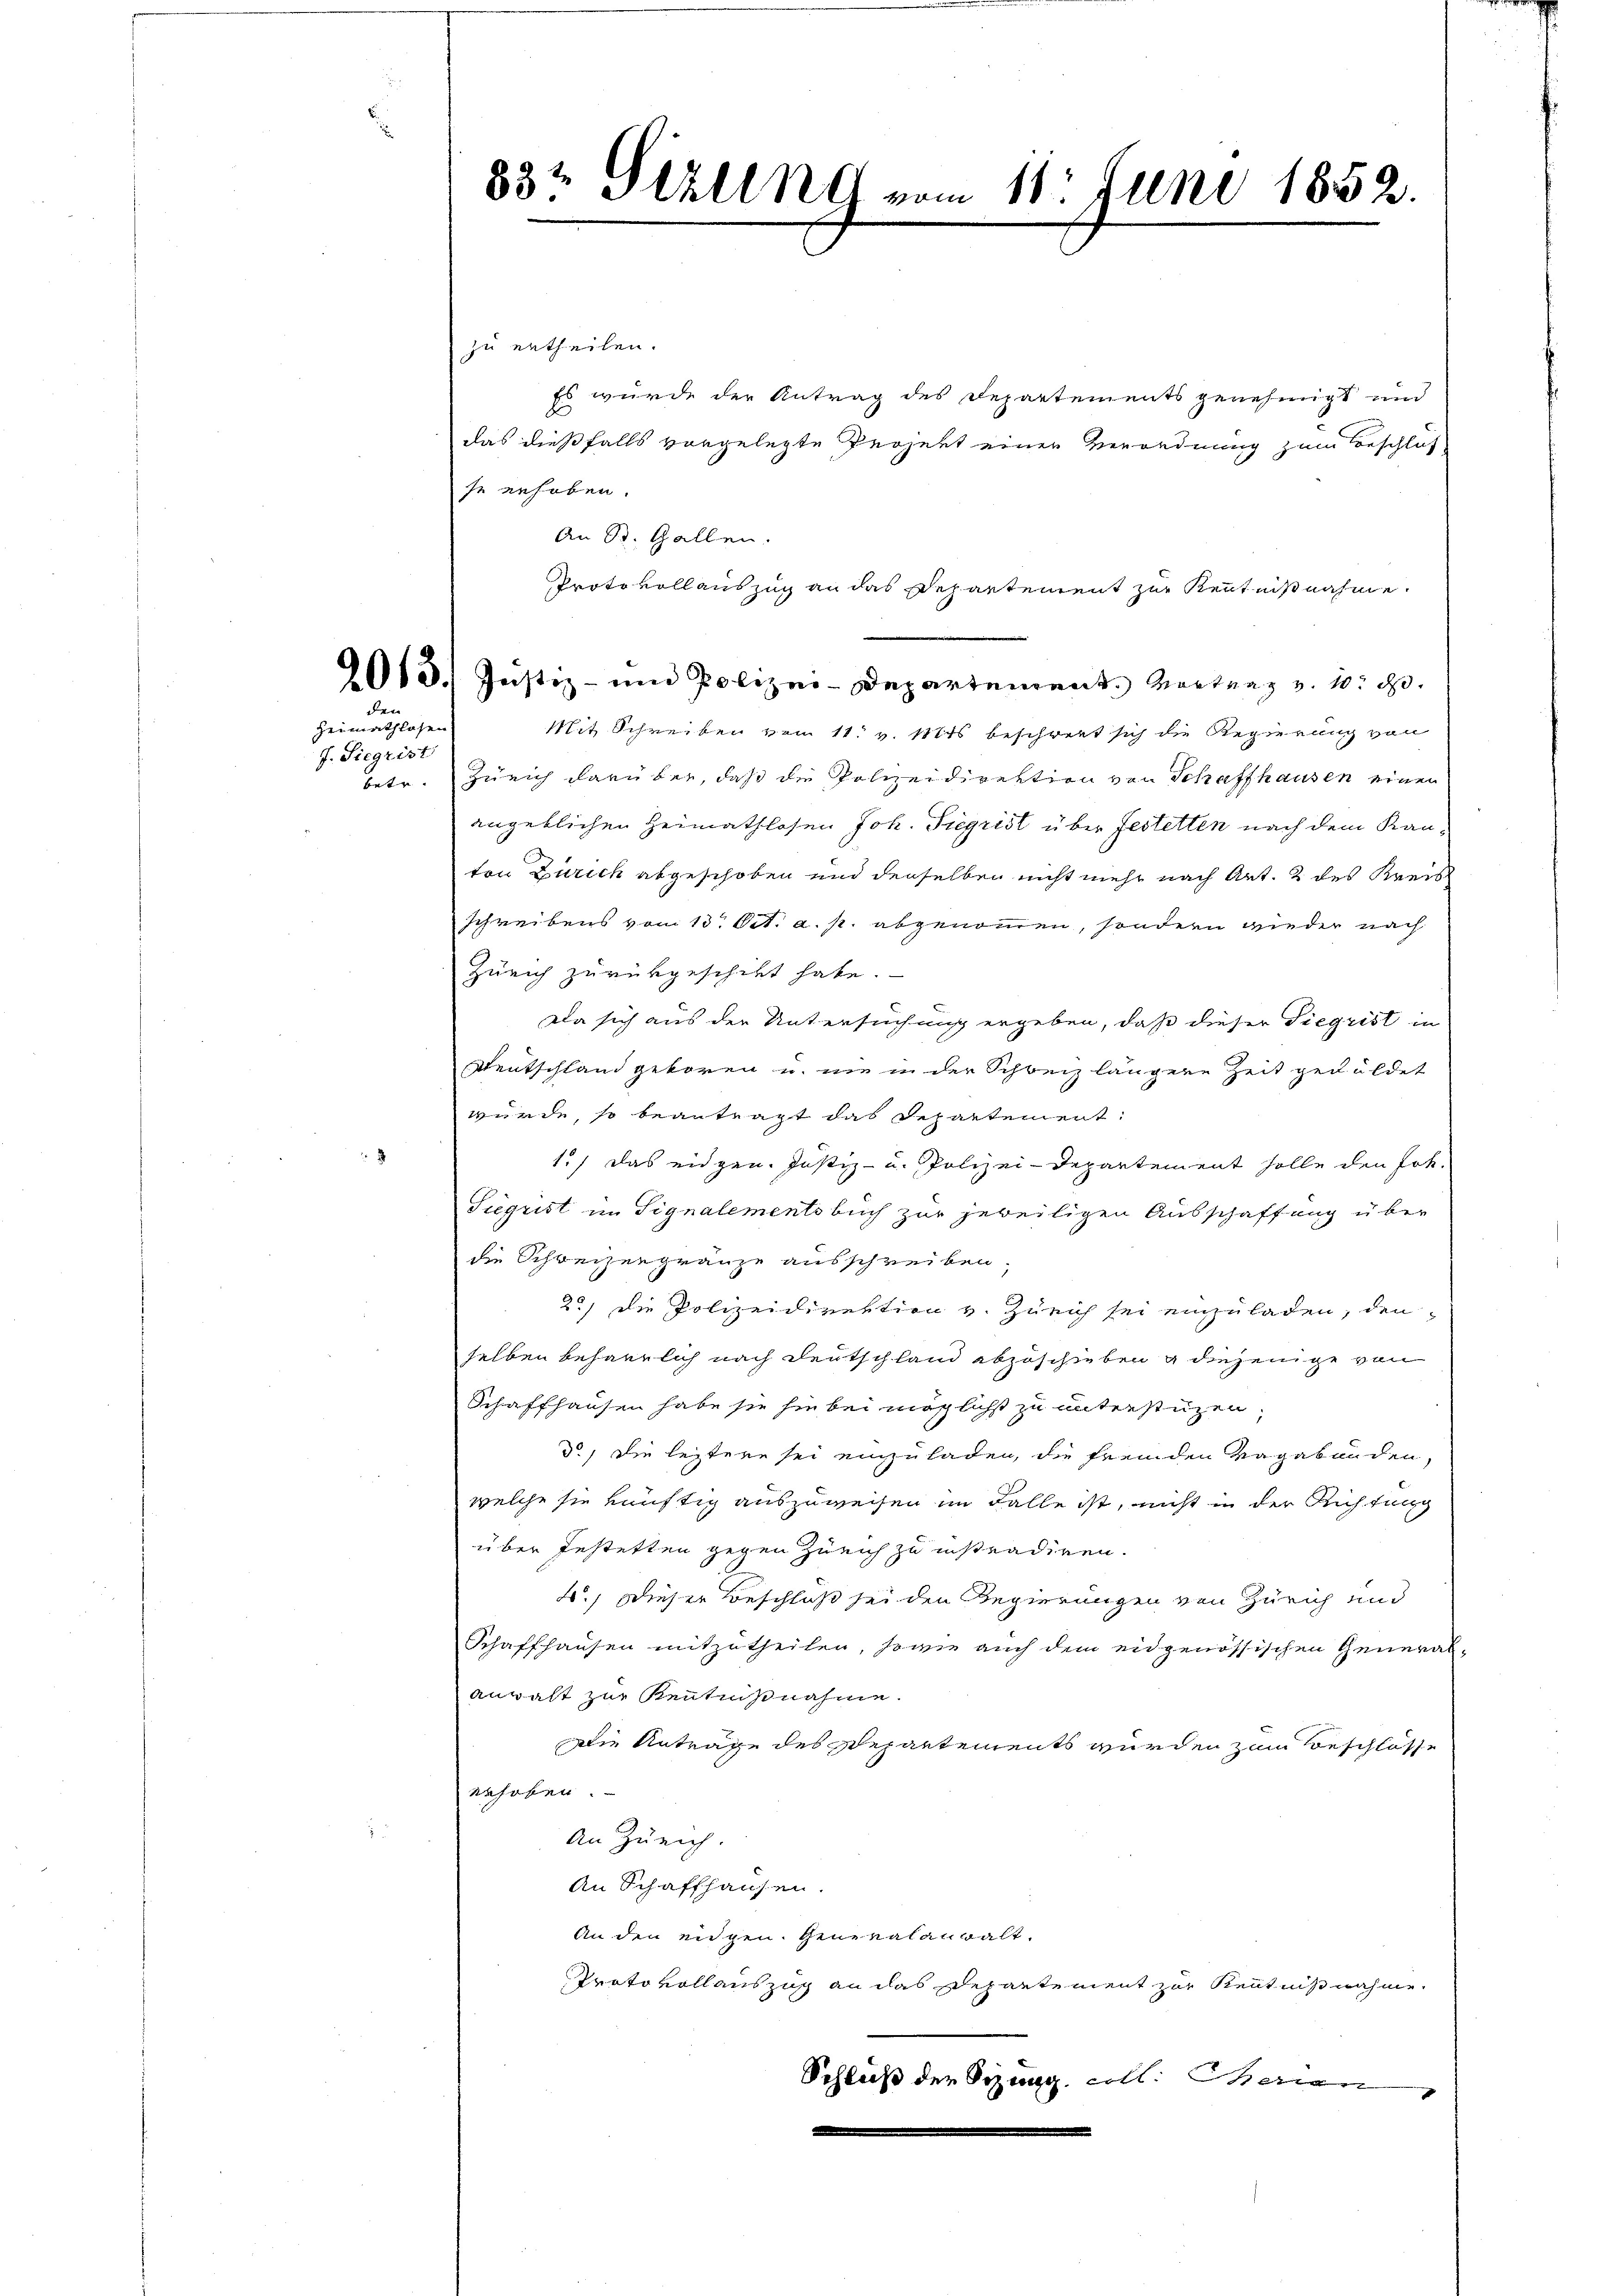
2013.
den

Heimathlosen
J. Siegrist

83t Ställng vom 18. Juni 1852.

zu ertheilen.
Es wurde der Antrag des Departements genehmigt und
das dießfalls vorgelegte Projekt einer Verordnung zum Beschluß
se erhoben.
An St. Gallen.
Justiz- und Polizei-Departement. Vortrag v. 10. d.
Mit Schreiben vom 11. v. 1881 beschwert sich die Regierung von
betr. Zürich darüber, daß die Polizeidirektion von Schaffhausen einen
angeblichen Heimathlosen Joh. Tiegrist über festetten nach dem Kanton Zürich abgeschoben und denselben nicht mehr nach Art. 2 des Kreis
schreibens vom 13. Oct. a. p. abgenommen, sondern wieder nach
Zürich zurükgeschikt habe.
Da sich aus der Untersuchung ergeben, daß dieser Siegrist in
Dentschland geboren u. nie in der Schweiz längere Zeit geduldet
würde, so beantragt das Departement:
1.) Das eidgen. Justiz- u. Polizei-Departement solle den Joh.
Sigrist im Signalementsbuch zur jeweiligen Ausschaffung über
die Schweizengränze ausschreiben.
2.) Die Polizeidirektion v. Zürich sei einzuladen, den
selben beharrlich nach Deutschland abzuschieben g diejenige von
Schaffhausen habe sie sie bei möglichst zu unterstüzen,
3.) Die leztere sei einzuladen, die fremden Vagabunden,
welche sie künftig auszuweisen im Falle ist, nicht in der Richtung
über festetten gegen Zürich zu instradiren.
4.) Dieser Beschluß sei den Regierungen von Zürich und
Schaffhausen mitzutheilen, sowie auch dem eidgenössischen General-
anwalt zur Kenntnißnahme.
Die Anträge des separtements wurden zum Beschlosse
erhoben.
An Zürich.
An Schaffhausen.
An den eidgen. Generalanwalt.
Protokollauszug an das Departement zur Kenntnißnahme.
Schluß der Sizung, cell. Genan

Protokoll auszug an das Departement zur Kenntnißnahme.